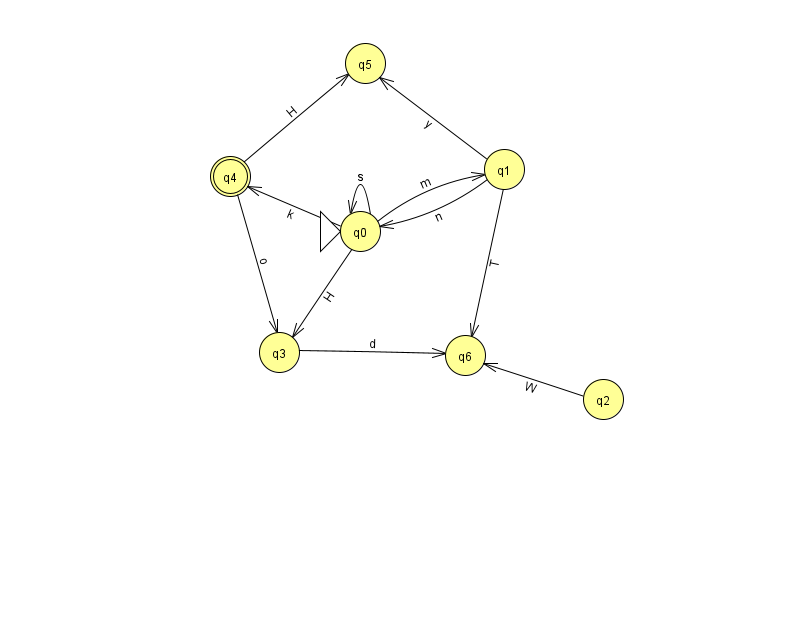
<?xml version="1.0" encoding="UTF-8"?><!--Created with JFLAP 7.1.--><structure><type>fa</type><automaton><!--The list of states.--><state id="0" name="q0"><x>360.0</x><y>218.0</y><initial/></state><state id="1" name="q1"><x>504.0</x><y>156.0</y></state><state id="2" name="q2"><x>603.0</x><y>386.0</y></state><state id="3" name="q3"><x>279.0</x><y>339.0</y></state><state id="4" name="q4"><x>230.0</x><y>163.0</y><final/></state><state id="5" name="q5"><x>365.0</x><y>50.0</y></state><state id="6" name="q6"><x>465.0</x><y>342.0</y></state><!--The list of transitions.--><transition><from>2</from><to>6</to><read>W</read></transition><transition><from>4</from><to>3</to><read>o</read></transition><transition><from>0</from><to>0</to><read>s</read></transition><transition><from>0</from><to>3</to><read>H</read></transition><transition><from>3</from><to>6</to><read>d</read></transition><transition><from>0</from><to>4</to><read>k</read></transition><transition><from>4</from><to>5</to><read>H</read></transition><transition><from>1</from><to>6</to><read>T</read></transition><transition><from>1</from><to>5</to><read>y</read></transition><transition><from>0</from><to>1</to><read>m</read></transition><transition><from>1</from><to>0</to><read>n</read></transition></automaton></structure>